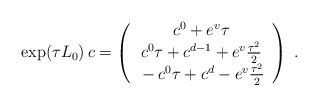
LaTeX: \begin{align*}\exp(\tau L_0)\,c = \left (\begin{array}{c}\strut c^0 + e^v \tau\\\strut c^0\tau + c^{d-1} + e^v {\tau^2 \over 2}\\\strut -c^0\tau + c^d - e^v {\tau^2 \over 2}\end{array}\right )\ .\end{align*}